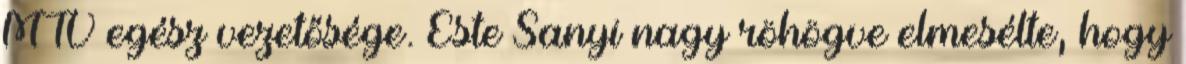
MTV egész vezető­sége. Este Sanyi nagy röhögve elmesélte, hogy